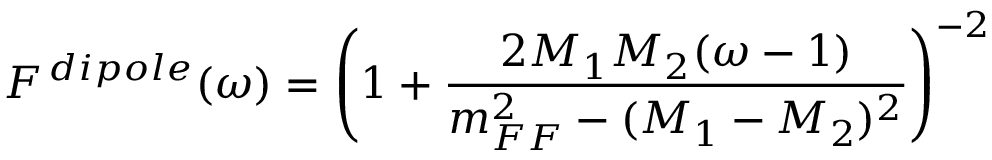
F ^ { \, d i p o l e } ( \omega ) = \left( 1 + \frac { 2 M _ { 1 } M _ { 2 } ( \omega - 1 ) } { m _ { F F } ^ { 2 } - ( M _ { 1 } - M _ { 2 } ) ^ { 2 } } \right) ^ { - 2 }